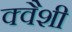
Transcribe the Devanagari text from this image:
क्वैशी